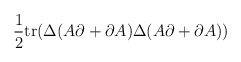
\begin{align*}\frac{1}{2}\mathrm{tr}(\Delta(A\partial+\partial A)\Delta(A\partial+\partial A))\end{align*}